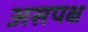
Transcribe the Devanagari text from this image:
असपक्ष